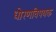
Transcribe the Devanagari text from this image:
धोरणविषयक